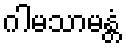
ဂါမသာမန္တံ